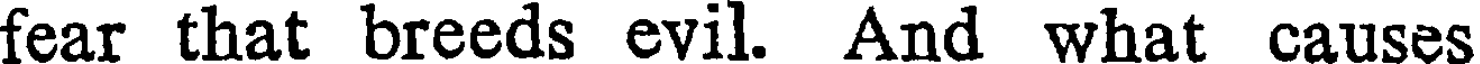
fear that breeds evil. And what causes